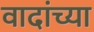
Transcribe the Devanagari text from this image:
वादांच्या